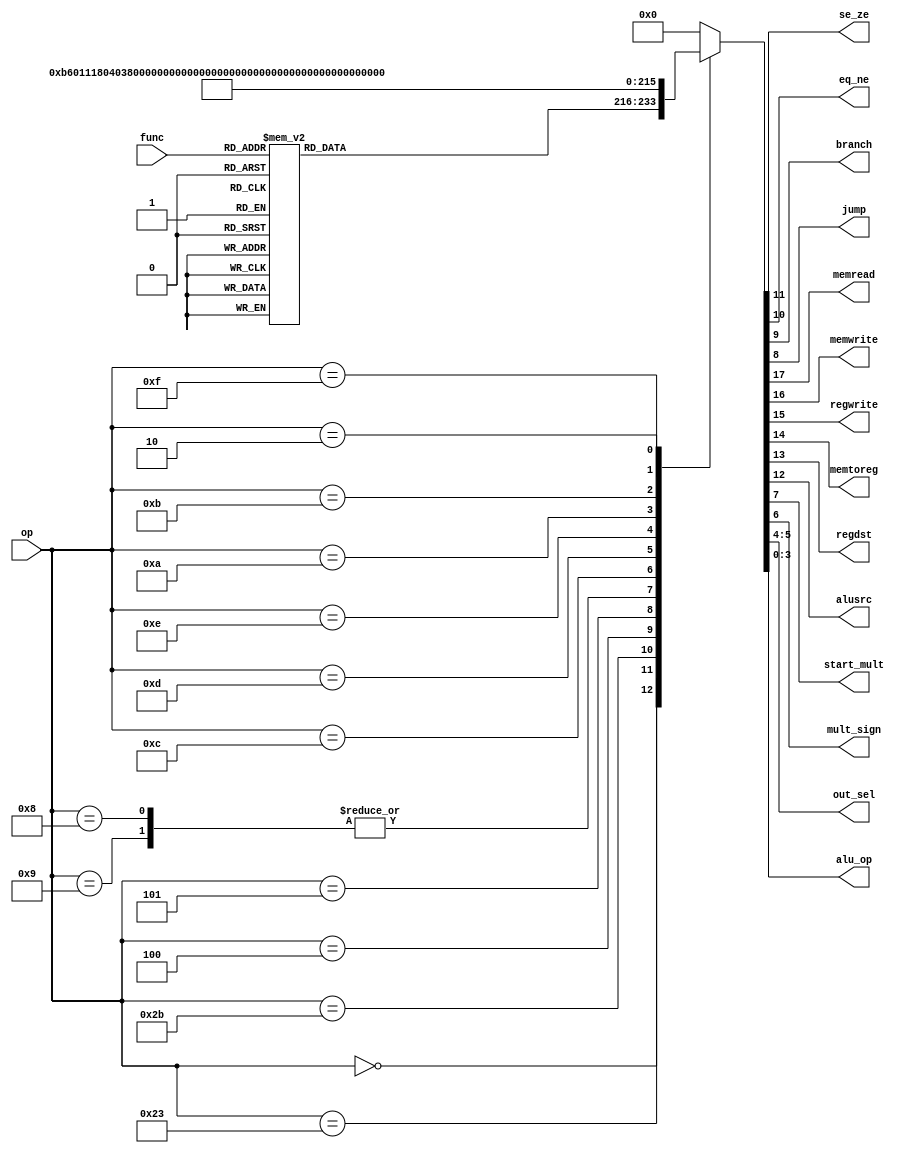
module controller(input [5:0] op, func,
                  output se_ze, eq_ne, branch, jump,
                  output memread, memwrite, regwrite, memtoreg, regdst, 
                  output alusrc, start_mult, mult_sign,
                  output [1:0] out_sel,
                  output [3:0] alu_op);
    
  reg [17:0] controls;
  assign {memread, memwrite, regwrite, memtoreg, regdst, 
          alusrc, se_ze, eq_ne, branch, jump, start_mult, mult_sign, 
          out_sel, 
          alu_op} = controls;

  always@(*) begin
    
    case(op)
      6'h0: 
        case(func)
          6'h20, 6'h21: controls = 18'b001010000000_00_0100; // add / addu
          6'h22, 6'h23: controls = 18'b001010000000_00_1100; // sub / subu
          6'h24:        controls = 18'b001010000000_00_0000; // and
          6'h25:        controls = 18'b001010000000_00_0001; // or
          6'h26:        controls = 18'b001010000000_00_0010; // xor
          6'h27:        controls = 18'b001010000000_00_0011; // xnor
          6'h2a:        controls = 18'b001010000000_00_1101; // slt
          6'h2b:        controls = 18'b001010000000_00_0110; // sltu
          6'h18:        controls = 18'b000000000011_00_0000; // mult
          6'h19:        controls = 18'b000000000010_00_0000; // multu
          6'h10:        controls = 18'b001010000000_11_0000; // mfhi
          6'h12:        controls = 18'b001010000000_10_0000; // mflo
          default:      controls = 18'b0;
        endcase
      6'h23:      controls = 18'b101101100000_00_0100; // lw
      6'h2b:      controls = 18'b010001100000_00_0100; // sw
      6'h4:       controls = 18'b000000111000_00_0000; // beq
      6'h5:       controls = 18'b000000101000_00_0000; // bne
      6'h8, 6'h9: controls = 18'b001001100000_00_0100; // addi / addiu
      6'hc:       controls = 18'b001001000000_00_0000; // andi
      6'hd:       controls = 18'b001001000000_00_0001; // ori
      6'he:       controls = 18'b001001000000_00_0010; // xori
      6'ha:       controls = 18'b001001100000_00_1101; // slti
      6'hb:       controls = 18'b001001100000_00_0110; // sltiu
      6'hf:       controls = 18'b001000000000_01_0000; // lui
      6'h2:       controls = 18'b000000000100_00_0000; // j
      default:    controls = 18'b0;
    endcase

  end
    
endmodule